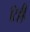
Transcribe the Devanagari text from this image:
टिल्ली